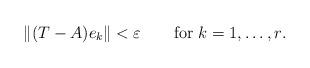
LaTeX: \begin{align*} \|(T-A)e_{k}\|<\varepsilon \qquad\hbox{for $k=1,\dots ,r$.}\end{align*}